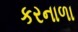
કરનાળા